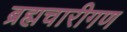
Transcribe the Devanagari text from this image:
ब्रह्मचारीगण